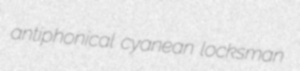
antiphonical cyanean locksman